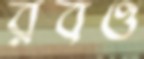
রবও